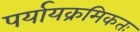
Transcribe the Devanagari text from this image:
पर्यायक्रमिकतः